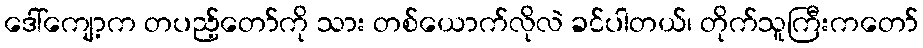
ဒေါ်ကျော့က တပည့်တော်ကို သား တစ်ယောက်လိုလဲ ခင်ပါတယ်၊ တိုက်သူကြီးကတော်